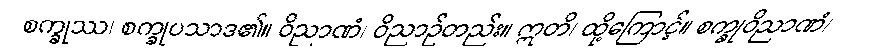
စက္ခုဿ၊ စက္ခုပသာဒ၏။ ဝိညာဏံ၊ ဝိညာဉ်တည်း။ ဣတိ၊ ထို့ကြောင့်။ စက္ခုဝိညာဏံ၊